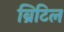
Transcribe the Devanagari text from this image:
ब्रिटिल